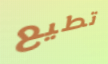
تطيع